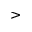
>